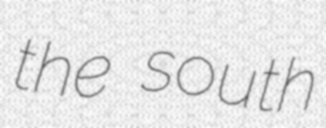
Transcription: the south